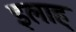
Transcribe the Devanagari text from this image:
इलाह्